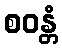
စဝန္တံ